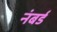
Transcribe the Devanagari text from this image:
नंबर्ड